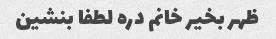
ظهر بخیر خانم دره لطفا بنشین